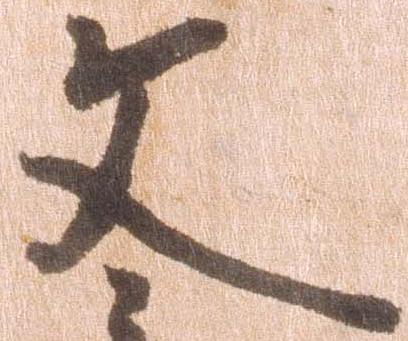
文